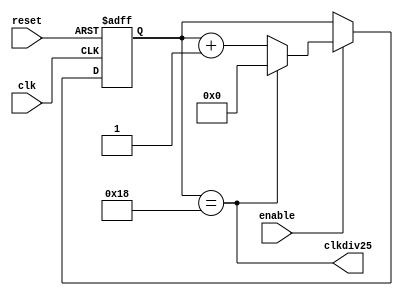
module cnt25 (reset, clk, enable, clkdiv25);
input reset, clk, enable;
output clkdiv25;
reg [5:0] cnt;

assign clkdiv25 = (cnt==5'd24);
always @(posedge reset or posedge clk)
  if (reset) cnt <= 0;
   else if (enable) 
          if (clkdiv25) cnt <= 0;
            else cnt <= cnt + 1;
endmodule

module cnt8b (reset, clk, enable, clkdiv256);
input reset, clk, enable;
output clkdiv256;
reg [7:0] cnt;

assign clkdiv256 = (cnt==8'd255);
always @(posedge reset or posedge clk)
  if (reset) cnt <= 0;
   else if (enable) cnt <= cnt + 1;
endmodule


module OneHertz(reset, clk, en_nxt);
input clk, reset;
output en_nxt;
wire clk1Hz;
wire first, second, third, fourth;

cnt25 i0 (reset, clk, 1'b1, first);
cnt25 i1 (reset, clk, first, second);
cnt25 i2 (reset, clk, first & second, third);
cnt25 i3 (reset, clk, first & second & third, fourth);
cnt8b i4 (reset, clk, first & second & third & fourth, clk1Hz);
assign en_nxt = first & second & third & fourth & clk1Hz;
endmodule

/*
module testOneHertz();
  reg reset, clk;
  wire en_nxt;
  
  OneHertz CUT (reset, clk, en_nxt);
  initial begin reset=0; clk = 0; # 10 reset = 1; # 9 reset = 0; end
  always #1 clk=~clk;
endmodule
*/